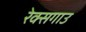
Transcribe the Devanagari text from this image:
रेक्सगाउ